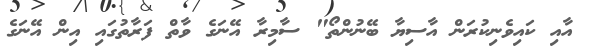
އާއި ކައިވެނިކުރަން އާސިޔާ ބޭނުންތޯ" ސާމިރާ އޭނަގެ ވާތް ފަރާތުގައި އިން އޭނަގެ